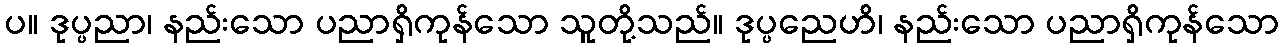
ပ။ ဒုပ္ပညာ၊ နည်းသော ပညာရှိကုန်သော သူတို့သည်။ ဒုပ္ပညေဟိ၊ နည်းသော ပညာရှိကုန်သော